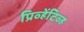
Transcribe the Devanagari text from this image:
प्रिव्हेंटिव्ह